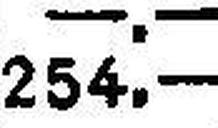
254.—